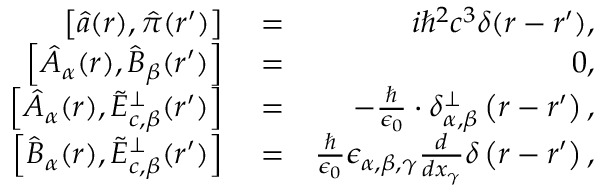
\begin{array} { r l r } { \left[ \hat { a } ( \boldsymbol r ) , \hat { \pi } ( \boldsymbol r ^ { \prime } ) \right] } & { { } = } & { i \hbar ^ { 2 } c ^ { 3 } \delta ( \boldsymbol r - \boldsymbol r ^ { \prime } ) , } \\ { \left[ \hat { A } _ { \alpha } ( \boldsymbol r ) , \hat { B } _ { \beta } ( \boldsymbol r ^ { \prime } ) \right] } & { { } = } & { 0 , } \\ { \left[ \hat { A } _ { \alpha } ( \boldsymbol r ) , \tilde { E } _ { c , \beta } ^ { \perp } ( \boldsymbol r ^ { \prime } ) \right] } & { { } = } & { - \frac { \hbar } { \epsilon _ { 0 } } \cdot \delta _ { \alpha , \beta } ^ { \perp } \left( \boldsymbol r - \boldsymbol r ^ { \prime } \right) , } \\ { \left[ \hat { B } _ { \alpha } ( \boldsymbol r ) , \tilde { E } _ { c , \beta } ^ { \perp } ( \boldsymbol r ^ { \prime } ) \right] } & { { } = } & { \frac { \hbar } { \epsilon _ { 0 } } \epsilon _ { \alpha , \beta , \gamma } \frac { d } { d x _ { \gamma } } \delta \left( \boldsymbol r - \boldsymbol r ^ { \prime } \right) , } \end{array}